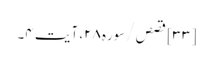
[۳۳] قصص/سوره۲۸، آیت ۴۔